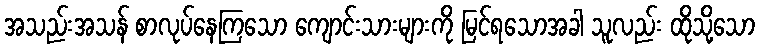
အသည်းအသန် စာလုပ်နေကြသော ကျောင်းသားများကို မြင်ရသောအခါ သူလည်း ထိုသို့သော